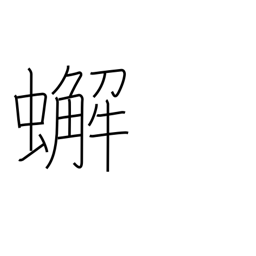
Meaning: crab